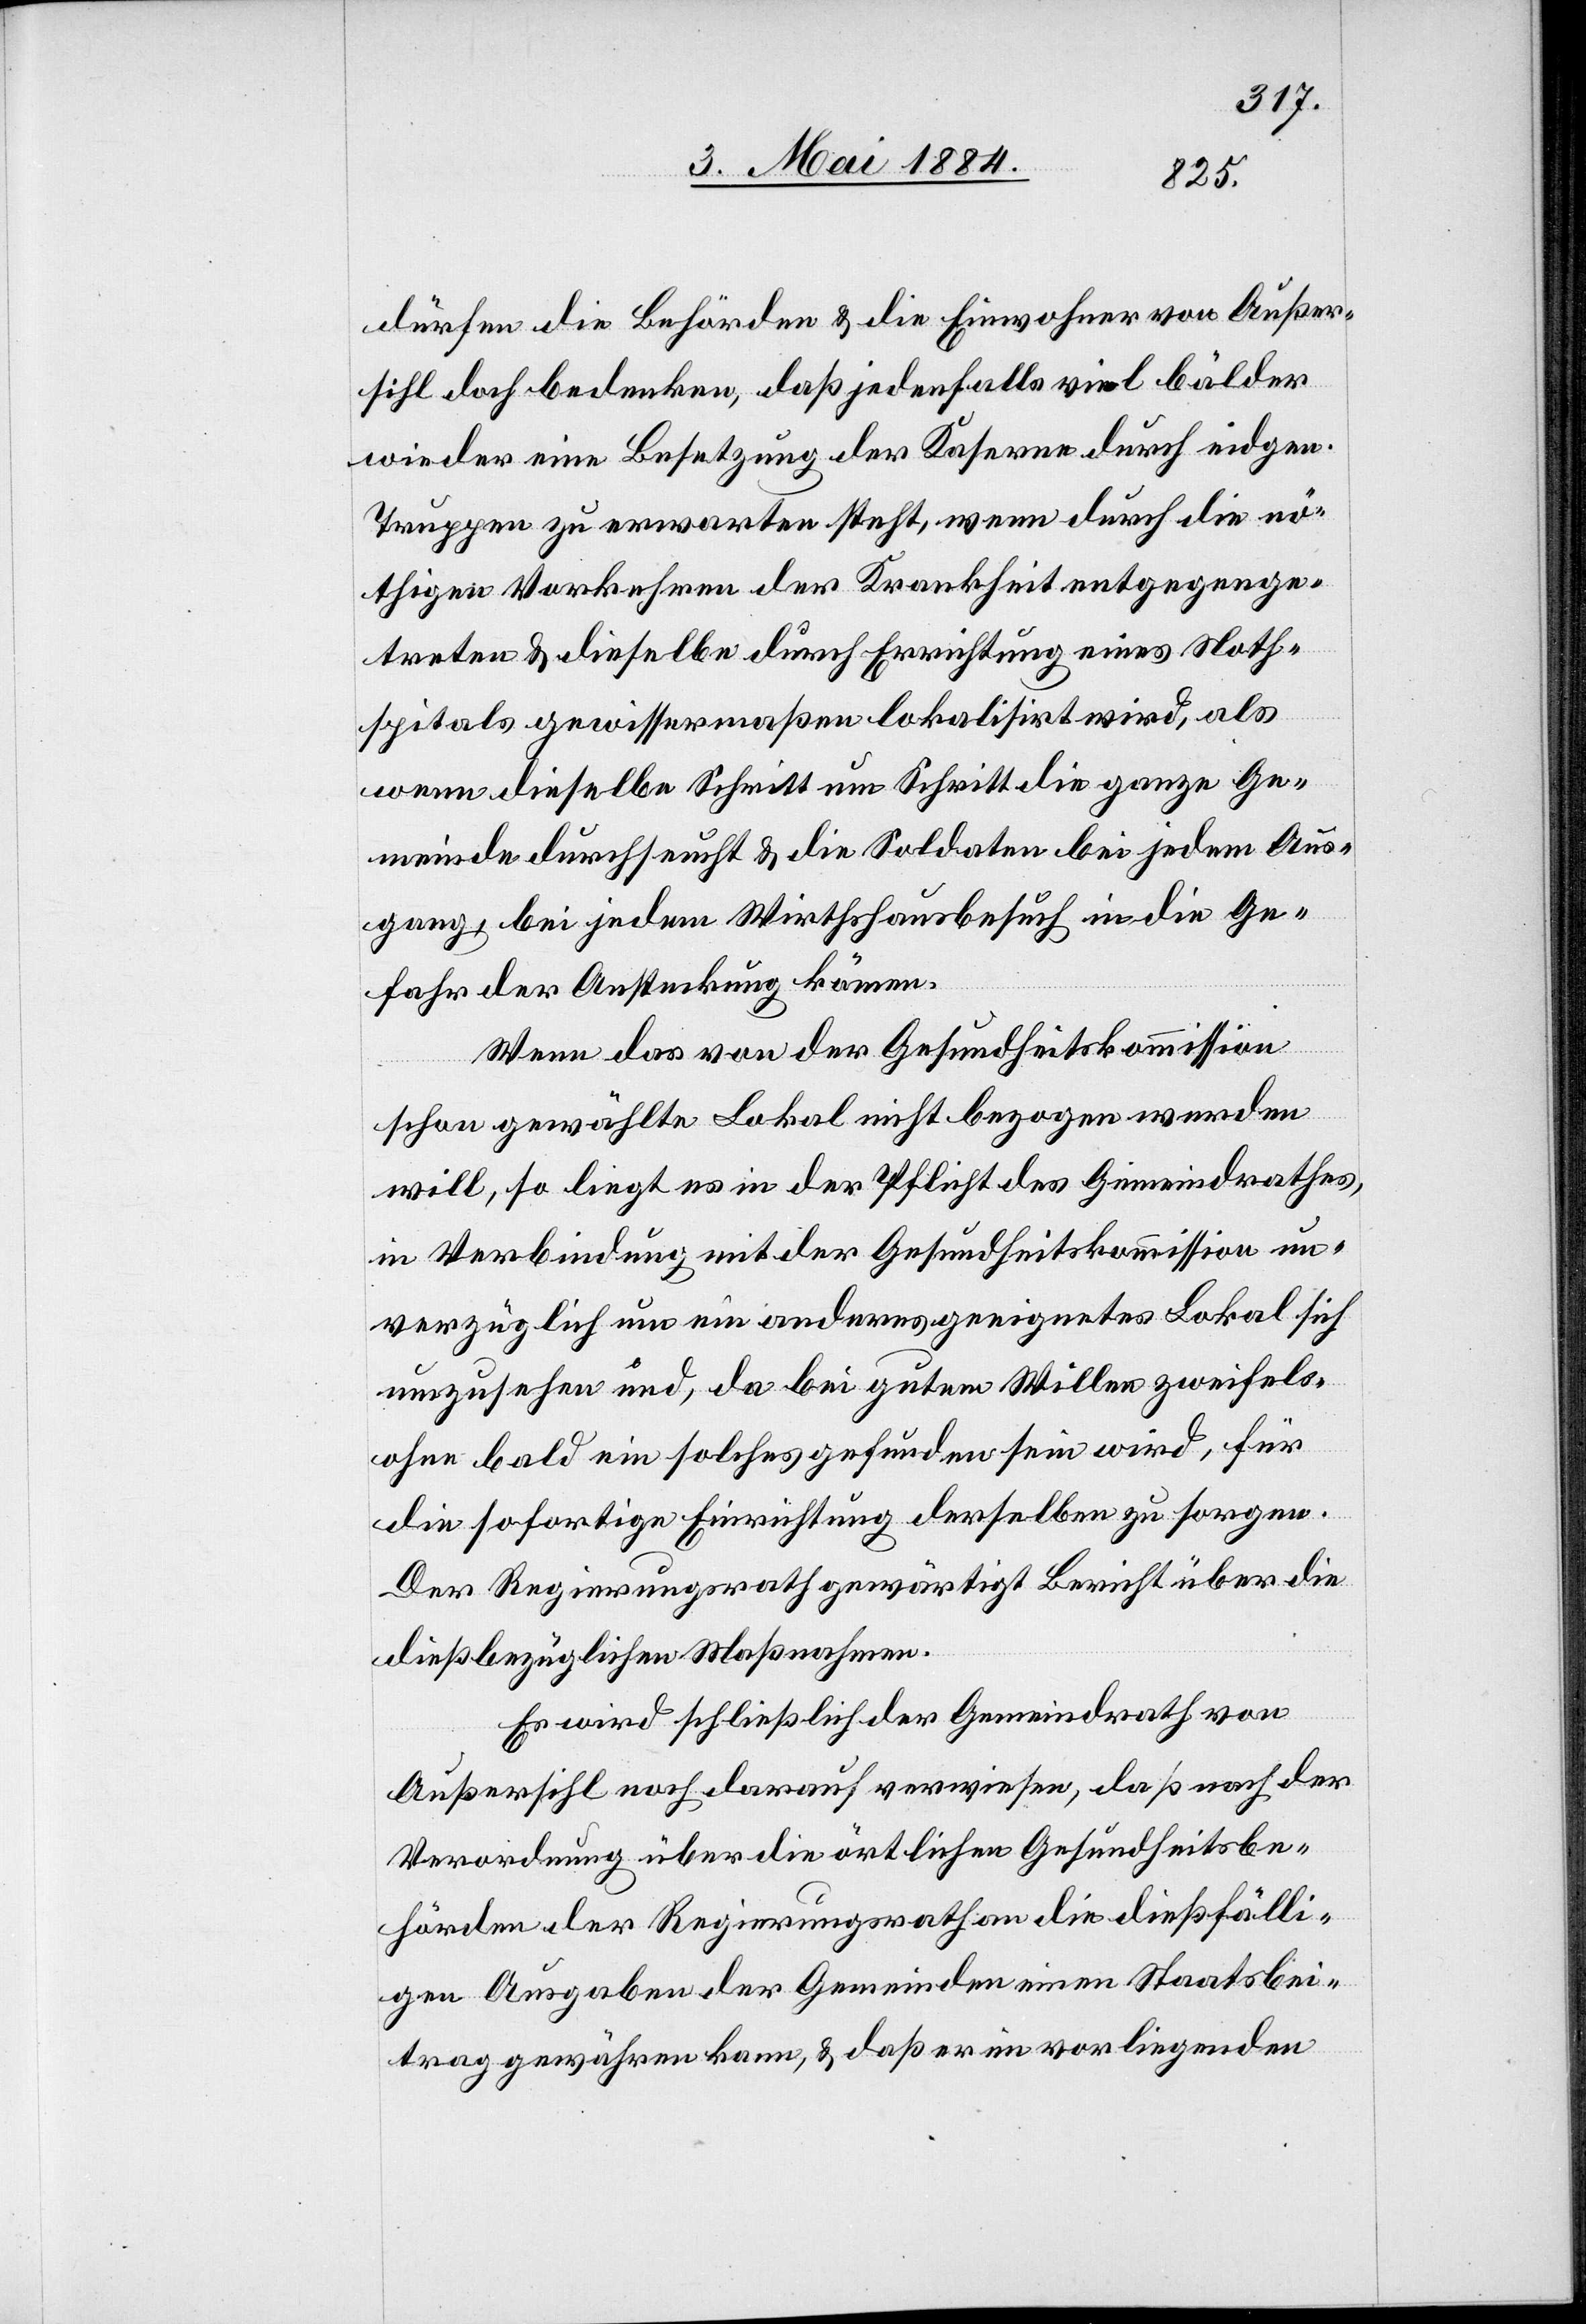
dürfen die Behörden & die Einwohner von Außer¬
sihl doch bedenken, daß jedenfalls viel bälder
wieder eine Besetzung der Kaserne durch eidgen.
Truppen zu erwarten steht, wenn durch die nö¬
thigen Vorkehren der Krankheit entgegenge¬
treten & dieselbe durch Errichtung eines Noth¬
spitals gewissermaßen lokalisirt wird, als
wenn dieselbe Schritt um Schritt die ganze Ge¬
meinde durchseucht & die Soldaten bei jedem Aus¬
gang, bei jedem Wirthshausbesuch in die Ge¬
fahr der Ansteckung kämen.
Wenn das von der Gesundheitskommission
schon gewählte Lokal nicht bezogen werden
will, so liegt es in der Pflicht des Gemeindrathes,
in Verbindung mit der Gesundheitskommission un¬
verzüglich um ein anderes geeignetes Lokal sich
umzusehen und, da bei gutem Willen zweifels¬
ohne bald ein solches gefunden sein wird, für
die sofortige Einrichtung derselben zu sorgen.
Der Regierungsrath gewärtigt Bericht über die
dießbezüglichen Maßnahmen.
Es wird schließlich der Gemeindrath von
Außersihl noch darauf verwiesen, daß nach der
Verordnung über die örtlichen Gesundheitsbe¬
hörden der Regierungsrath an die dießfälli¬
gen Ausgaben der Gemeinden einen Staatsbei¬
trag gewähren kann, & daß er im vorliegenden